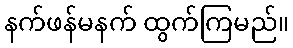
နက်ဖန်မနက် ထွက်ကြမည်။